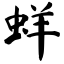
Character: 蛘